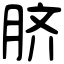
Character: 脐